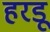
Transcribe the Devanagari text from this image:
हरडू